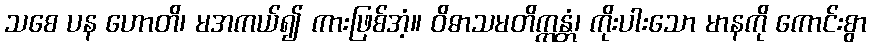
သစေ ပန ဟောတိ၊ မအကယ်၍ ကားဖြစ်အံ့။ ဝိဓာသမတိက္ကန္တံ၊ ကိုးပါးသော မာနကို ကောင်းစွာ